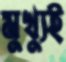
মুখ্যুই